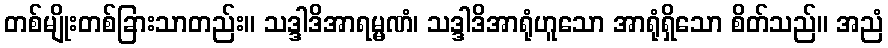
တစ်မျိုးတစ်ခြားသာတည်း။ သဒ္ဒါဒိအာရမ္မဏံ၊ သဒ္ဒါဒိအာရုံဟူသော အာရုံရှိသော စိတ်သည်။ အညံ